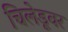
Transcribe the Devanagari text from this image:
चिलेडूवर